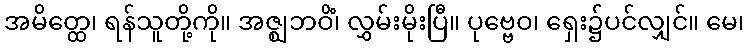
အမိတ္ထေ၊ ရန်သူတို့ကို။ အဇ္ဈဘဝိံ၊ လွှမ်းမိုးပြီ။ ပုဗ္ဗေဝ၊ ရှေး၌ပင်လျှင်။ မေ၊